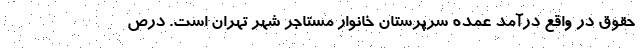
حقوق در واقع درآمد عمده سرپرستان خانوار مستاجر شهر تهران است. درص